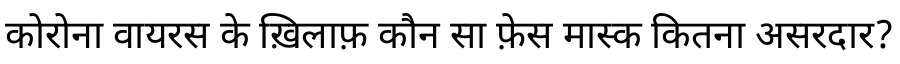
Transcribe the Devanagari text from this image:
कोरोना वायरस के ख़िलाफ़ कौन सा फ़ेस मास्क कितना असरदार?